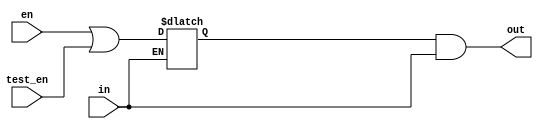
/* verilator lint_off UNOPTFLAT */

module EICG_wrapper(
  output out,
  input en,
  input test_en,
  input in
);

  reg en_latched /*verilator clock_enable*/;

  always @(*) begin
     if (!in) begin
        en_latched = en || test_en;
     end
  end

  assign out = en_latched && in;

endmodule